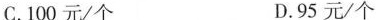
C.100元/个 D.95元/个